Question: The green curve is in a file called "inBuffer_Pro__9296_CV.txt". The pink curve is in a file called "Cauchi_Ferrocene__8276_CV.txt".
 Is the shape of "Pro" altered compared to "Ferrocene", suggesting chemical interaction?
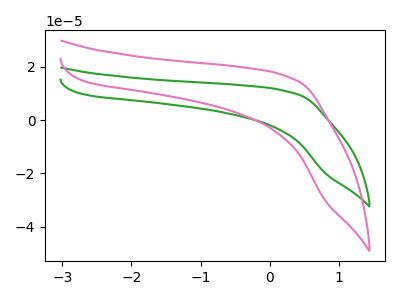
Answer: <think>The green curve "Pro" has no peaks. The pink curve "Ferrocene" has no peaks.
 Neither "Pro" or "Ferrocene" have any peaks.</think>
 <answer>No, "Pro" and "Ferrocene" don't appear to be significantly different in shape</answer>
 <eval>no_change</eval>